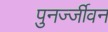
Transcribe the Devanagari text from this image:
पुनर्ज्जीवन